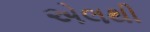
એલથી